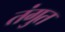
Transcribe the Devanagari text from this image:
तंगुत